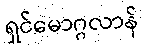
ရှင်မောဂ္ဂလာန်